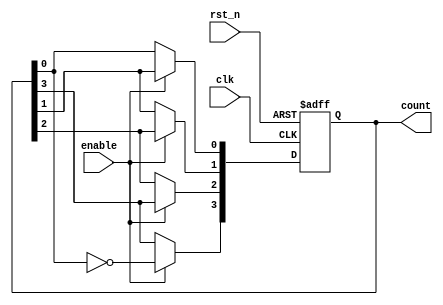
module modified_johnson_counter (
    input wire clk,          // Clock input
    input wire rst_n,       // Active-low reset
    input wire enable,      // Enable signal
    output reg [3:0] count  // 4-bit counter output
);

// Sequential logic for Modified Johnson Counter
always @(posedge clk or negedge rst_n) begin
    if (!rst_n) begin
        // Reset state
        count <= 4'b0000;   // Initialize to 0
    end else if (enable) begin
        // Modified Johnson Counter Logic
        count[3] <= ~count[0]; // Invert last flip-flop and assign to first
        count[2] <= count[3];  // Shift the rest of the bits
        count[1] <= count[2];
        count[0] <= count[1];
    end
end

endmodule